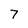
Character: 7